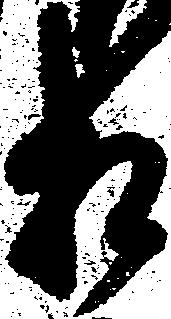
相